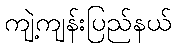
ကျဲ့ကျန်းပြည်နယ်